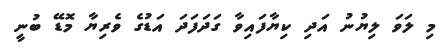
މި ލަވަ ލިޔުނު އަދި ކިޔާފައިވާ ގަދަފަދަ އަޑުގެ ވެރިޔާ މޮޑޭ ބުނީ